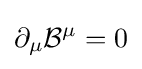
\partial _{\mu }{\mathcal {B}}^{\mu }=0